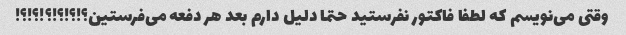
وقتی می‌نویسم که لطفا فاکتور نفرستید حتما دلیل دارم بعد هر دفعه می‌فرستین؟!؟!؟!؟!؟!؟!